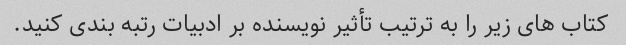
کتاب های زیر را به ترتیب تأثیر نویسنده بر ادبیات رتبه بندی کنید.